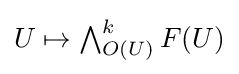
{\textstyle U\mapsto \bigwedge _{O(U)}^{k}F(U)}